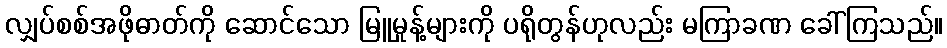
လျှပ်စစ်အဖိုဓာတ်ကို ဆောင်သော မြူမှုန့်များကို ပရိုတွန်ဟုလည်း မကြာခဏ ခေါ်ကြသည်။